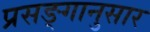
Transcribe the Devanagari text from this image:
प्रसङ्गानुसार